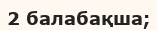
2 балабақша;